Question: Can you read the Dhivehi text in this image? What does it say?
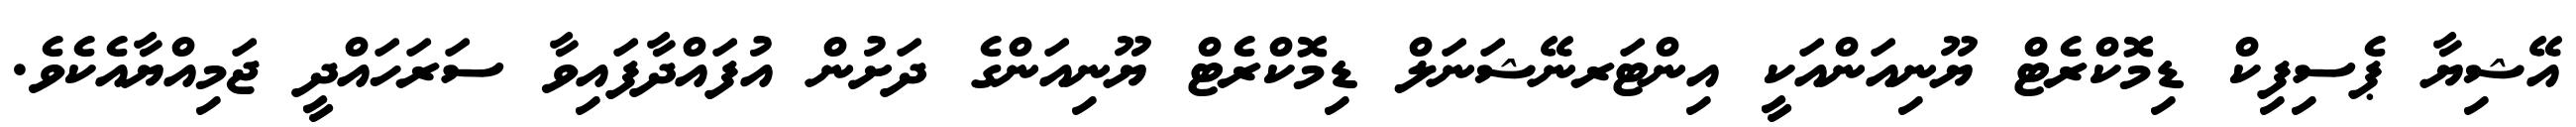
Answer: އޭޝިޔާ ޕެސިފިކް ޑިމޮކްރެޓް ޔޫނިއަންއަކީ އިންޓަރނޭޝަނަލް ޑިމޮކްރެޓް ޔޫނިއަންގެ ދަށުން އުފައްދާފައިވާ ސަރަހައްދީ ޖަމިއްޔާއެކެވެ.